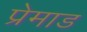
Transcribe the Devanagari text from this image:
प्रेमाड